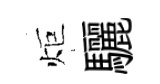
炬驪